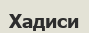
Хадиси